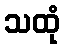
သထုံ